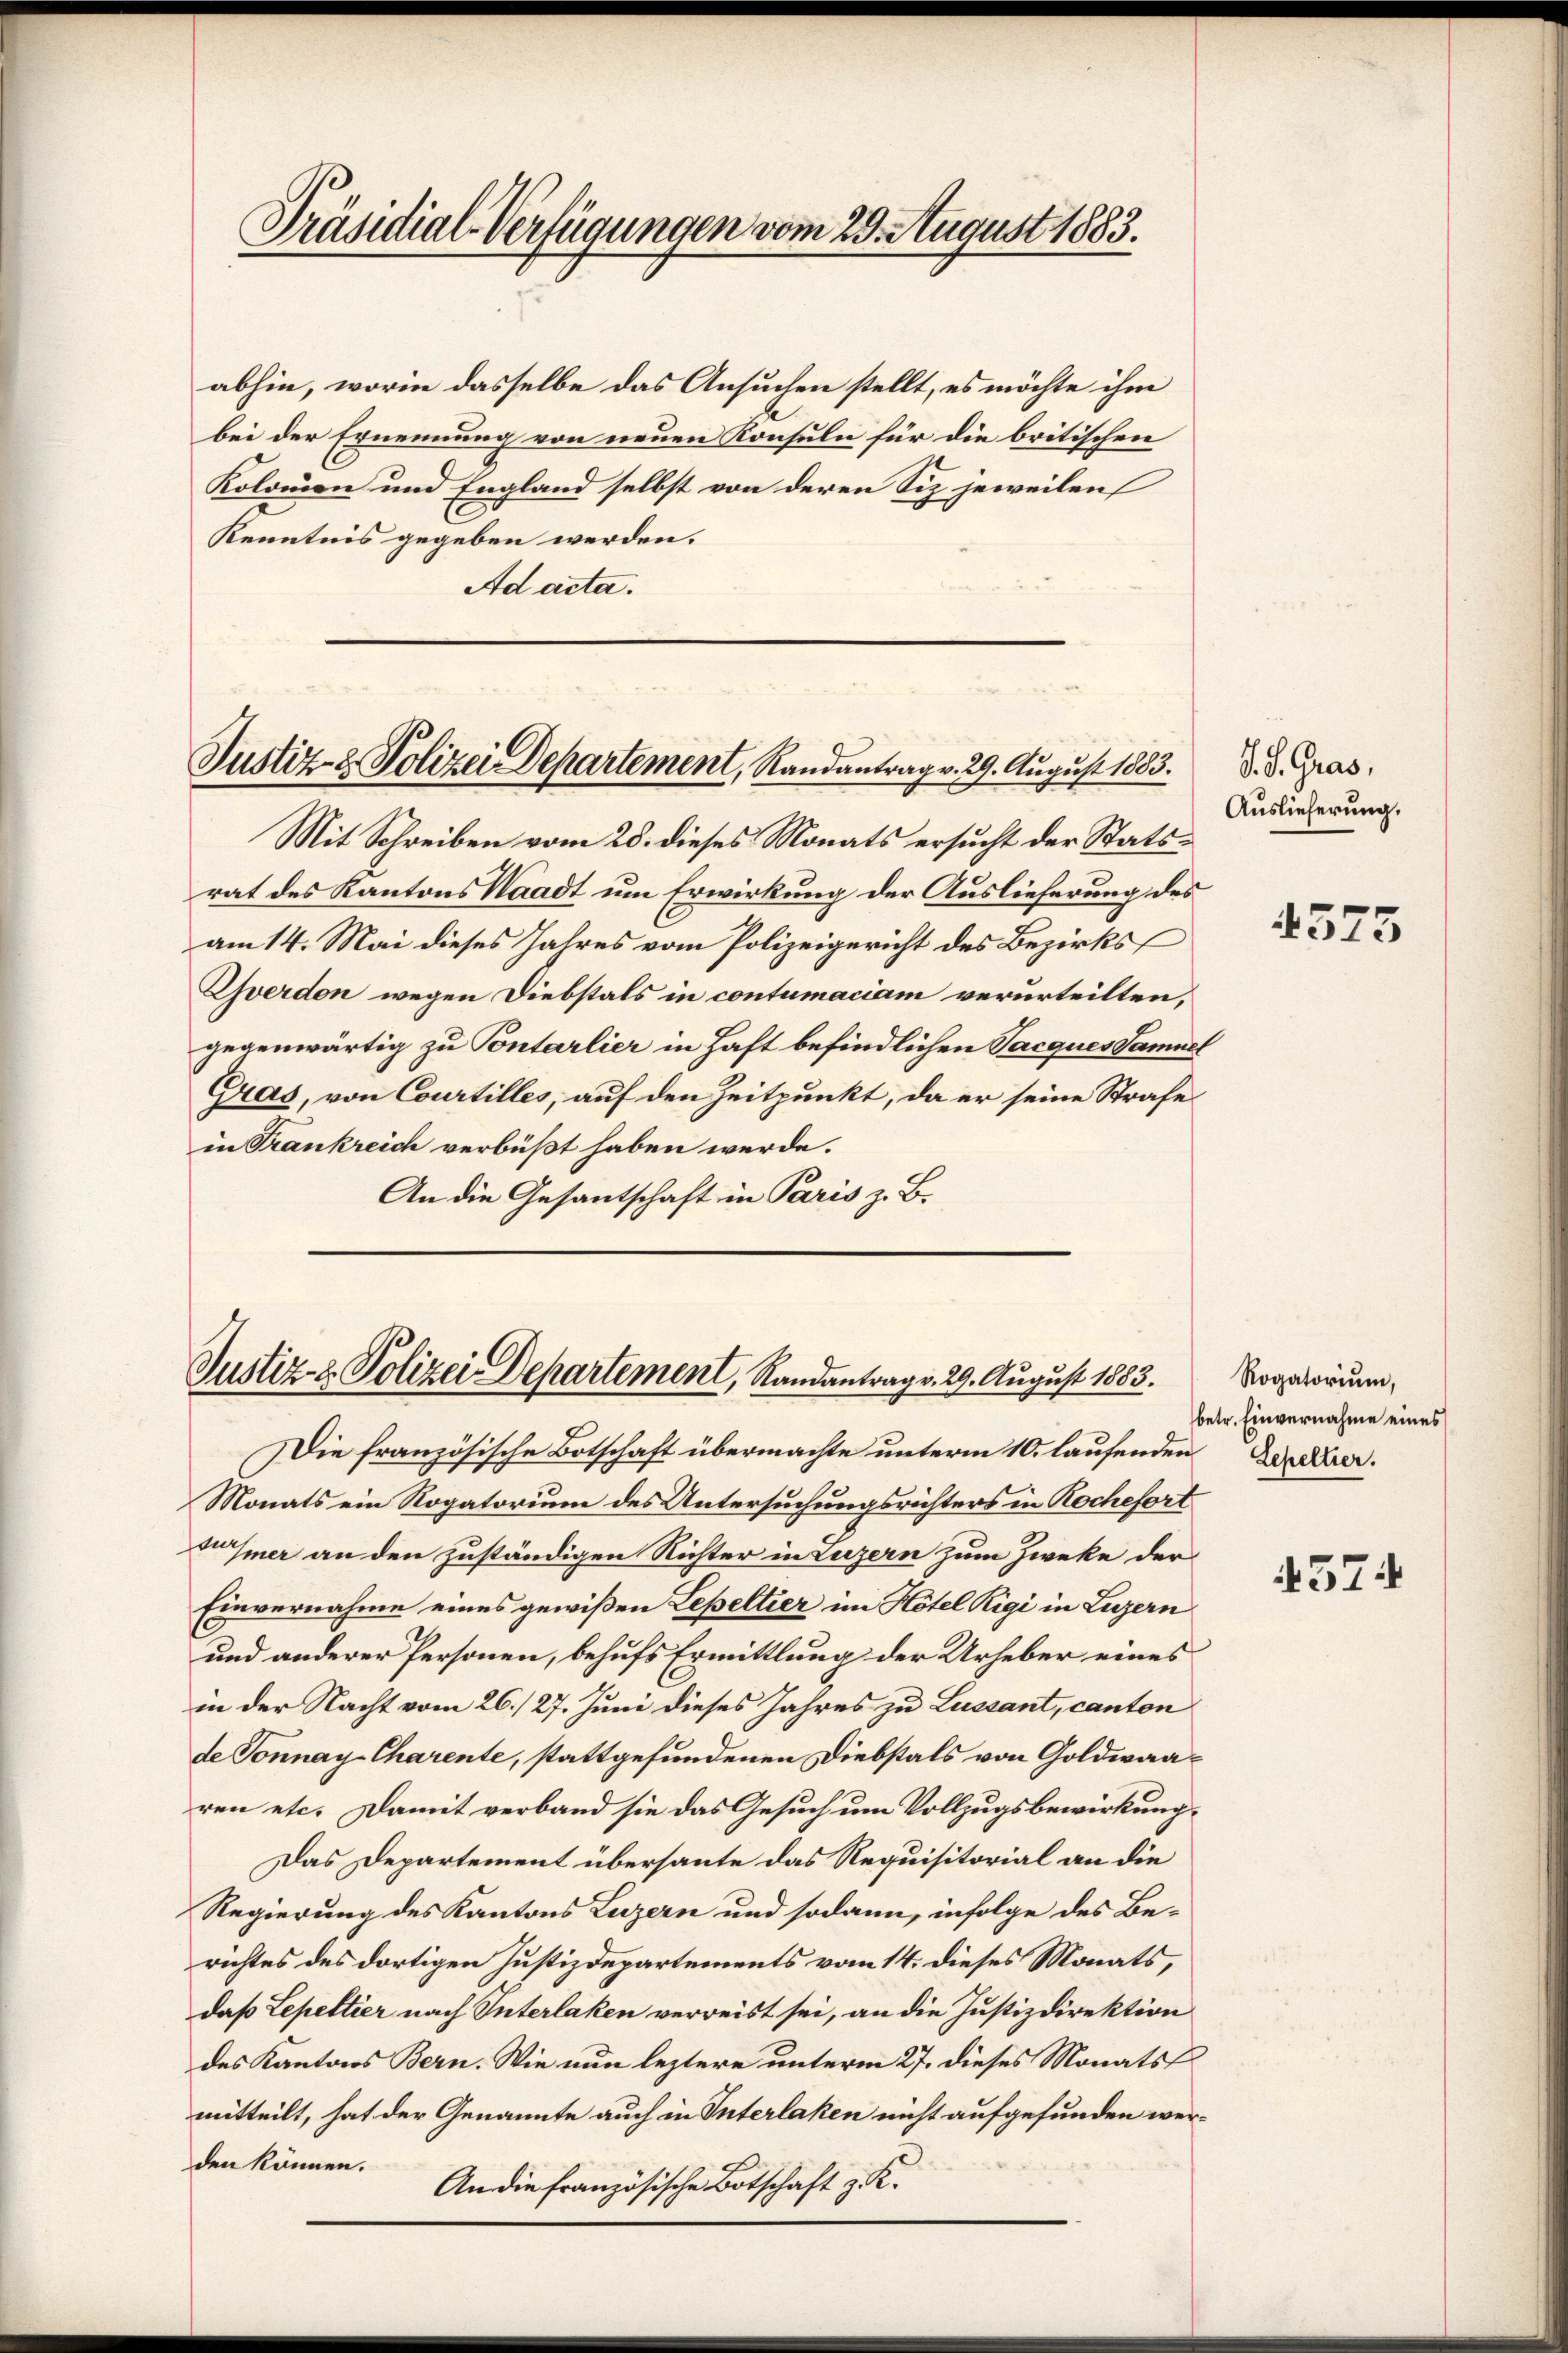
Präsidial-Verfügungen vom 29. August 1883.

abhin, worin dasselbe das Ansuchen stellt, es möchte ihm
bei der Ernennung von neuen Konsuln für die britischen
Kolonien und England selbst von deren Siz jeweilen
Kenntnis gegeben werden.
Ad acta.

Justiz- & Polizei Departement, Randantrag v. 29. August 1883.

Mit Schreiben vom 28. dieses Monats ersucht der Statsrat des Kantons Waadt um Erwirkung der Auslieferung des
am 14. Mai dieses Jahres vom Polizeigericht des Bezirks¬
Yverdon wegen Diebstals in contumaciam verurteilten,
gegenwärtig zu Pontarlier in Haft befindlichen Sacques Samuel
Gras, von Courtilles, auf den Zeitpunkt, da er seine Strafe
in Frankreich verbüßt haben werde.
An die Gesantschaft in Paris z. B.

Justiz- & Polizei Departement, Randantrag v. 29. August 1883.

Die französische Botschaft übermachte unterm 10. laufenden Zucker.
Monats ein Rogatorium des Untersuchungsrichters in Rochefort
Dusiner an den zuständigen Richter in Luzern zum Zwecke der
Einvernahme eines gewißen Lepeltier im Hotel Rigi in Luzern
und anderer Personen, behufs Ermittlung der Urheber eines
in der Nacht vom 26./27. Juni dieses Jahres zu Lussant, canton
de Sonnay-Charente, stattgefundenen Diebstals von Goldwaaren etc. Damit verband sie das Gesuch um Vollzugsbewirkung,
Das Departement überhaute das Requisitorial an die
Regierung des Kantons Luzern und sodann, infolge des Berichtes des dortigen Justizdepartements vom 14. dieses Monats,
daß Lepeltier nach Interlaken verreist sei, an die Justizdirektion
des Kantons Bern. Wie nun leztere unterm 27. dieses Monats
mitteilt, hat der Genannte auch in Interlaken nicht aufgefunden werden können.
An die französische Botschaft z. K.

S. J. Gras,
Auslieferung.

4573

Rogatorium,
betr. Einvernahme eines

4574